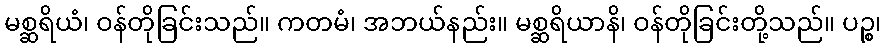
မစ္ဆရိယံ၊ ဝန်တိုခြင်းသည်။ ကတမံ၊ အဘယ်နည်း။ မစ္ဆရိယာနိ၊ ဝန်တိုခြင်းတို့သည်။ ပဉ္စ၊